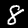
Digit: 8